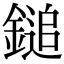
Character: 鎚